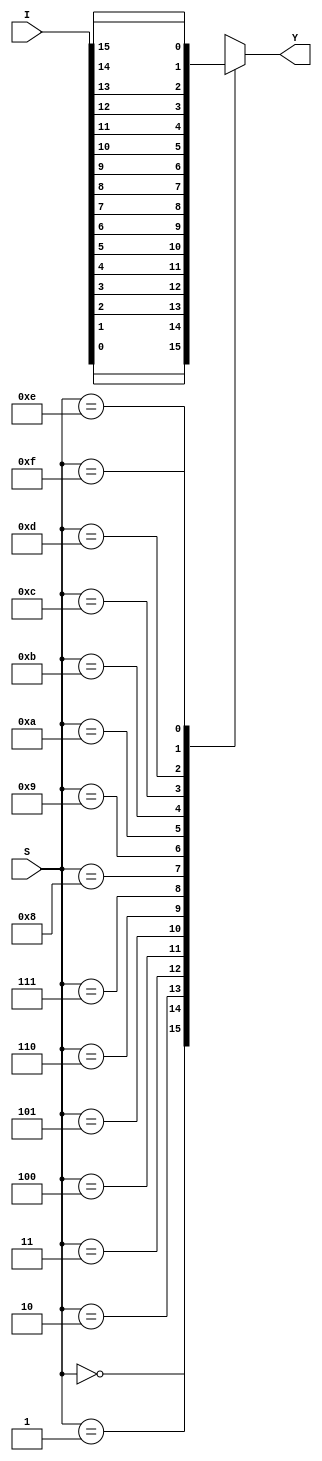
module mux16x1(I,S,Y);
  input [15:0]I;
  input [3:0]S;
  output reg Y;
  
  always@(*)

case(S)
  
  0 : Y = I[0];
  1 : Y = I[1];
  2 : Y = I[2];
  3 : Y = I[3];
  4 : Y = I[4];
  5 : Y = I[5];
  6 : Y = I[6];
  7 : Y = I[7];
  8 : Y = I[8];
  9 : Y = I[9];
  10 : Y = I[10];
  11 : Y = I[11];
  12 : Y = I[12];
  13 : Y = I[13];
  14 : Y = I[14];
  15 : Y = I[15];
  default: Y=0;

endcase

endmodule